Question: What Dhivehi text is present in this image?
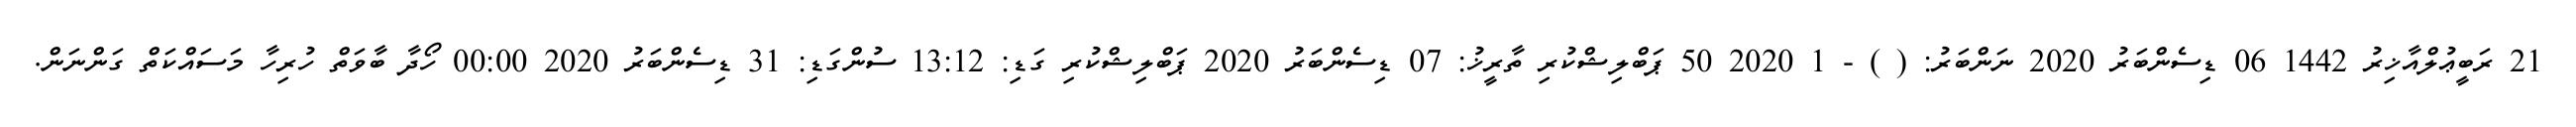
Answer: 21 ރަބީޢުލްއާޚިރު 1442 06 ޑިސެންބަރު 2020 ނަންބަރު: ( ) - 1 2020 50 ޕަބްލިޝްކުރި ތާރީޚު: 07 ޑިސެންބަރު 2020 ޕަބްލިޝްކުރި ގަޑި: 13:12 ސުންގަޑި: 31 ޑިސެންބަރު 2020 00:00 ހޯދާ ބާވަތް ހުރިހާ މަސައްކަތް ގަންނަން.